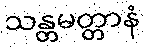
သန္တမတ္တာနံ